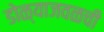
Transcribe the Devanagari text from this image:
डोळ्याजवळची